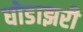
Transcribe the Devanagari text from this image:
घोडाझरी